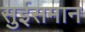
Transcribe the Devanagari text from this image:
सुईसमान